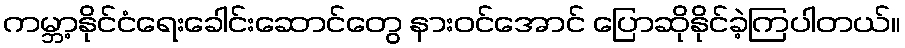
ကမ္ဘာ့နိုင်ငံရေးခေါင်းဆောင်တွေ နားဝင်အောင် ပြောဆိုနိုင်ခဲ့ကြပါတယ်။